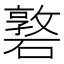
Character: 䃦